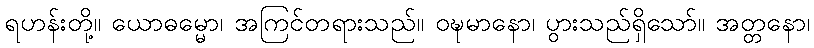
ရဟန်းတို့။ ယောဓမ္မော၊ အကြင်တရားသည်။ ဝဍ္ဎမာနော၊ ပွားသည်ရှိသော်။ အတ္တနော၊